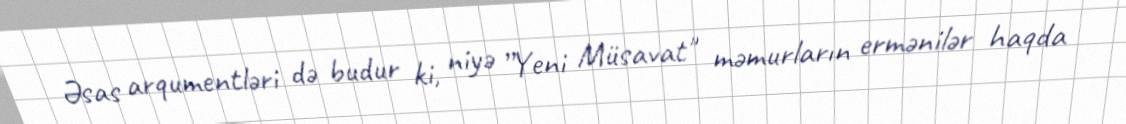
Əsas arqumentləri də budur ki, niyə ”Yeni Müsavat" məmurların ermənilər haqda